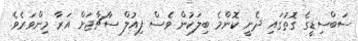
ސަބްސިޑީގެ ގޮތުގައި ދެނީ ކޮންމެ ބިލަކުން ވެސް ފިއުލް ސާޗާޖަށް އަރާ މިންވަރެވެ.